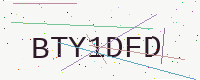
Text: BTY1DFD